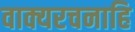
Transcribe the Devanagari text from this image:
वाक्यरचनाहि